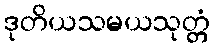
ဒုတိယသမယသုတ္တံ